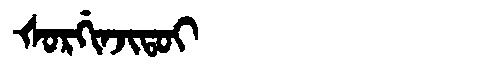
Manchu: ᡧᠣᡵᡤᡳᠨᠵᡳᡨᠣᡳ
Romanization: ŠORGINJITOI